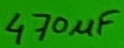
Text: 470µF